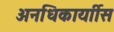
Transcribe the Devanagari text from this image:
अनधिकार्याीस